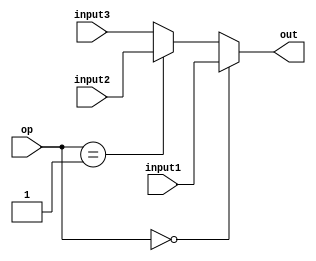
module mux_32_3(input1, input2, input3, op, out);
	input [31:0] input1, input2, input3;
	input [1:0] op;
	output [31:0] out;

	assign out = op == 0 ? input1 : op == 1 ? input2 : input3;
endmodule